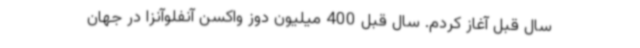
سال قبل آغاز کردم. سال قبل 400 میلیون دوز واکسن آنفلوآنزا در جهان